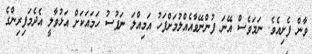
ވާން ފެށިއެވެ. ނަމަވެސް އޭނަ ފުންނޭވާއެއްލުމަށްފަހު އަމިއްލަ ނަފުސު ހަމައަކަށް އަޅުވާލީ އެދެމަފިރިންގެ